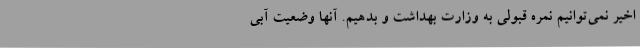
اخیر نمی‌توانیم نمره قبولی به وزارت بهداشت و بدهیم. آنها وضعیت آبی